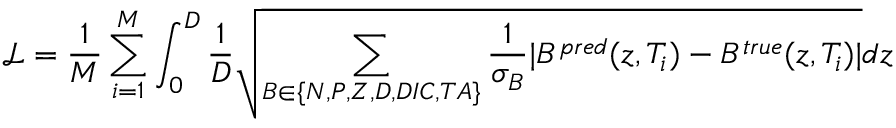
\mathcal { L } = \frac { 1 } { M } \sum _ { i = 1 } ^ { M } \int _ { 0 } ^ { D } \frac { 1 } { D } \sqrt { \sum _ { B \in \{ N , P , Z , D , D I C , T A \} } \frac { 1 } { \sigma _ { B } } | B ^ { p r e d } ( z , T _ { i } ) - B ^ { t r u e } ( z , T _ { i } ) | } d z